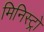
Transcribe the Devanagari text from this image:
मिनिस्ट्रो